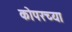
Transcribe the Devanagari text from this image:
कोपरच्या